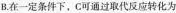
B.在一定条件下，C可通过取代反应转化为